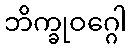
ဘိက္ခုဝဂ္ဂေါ